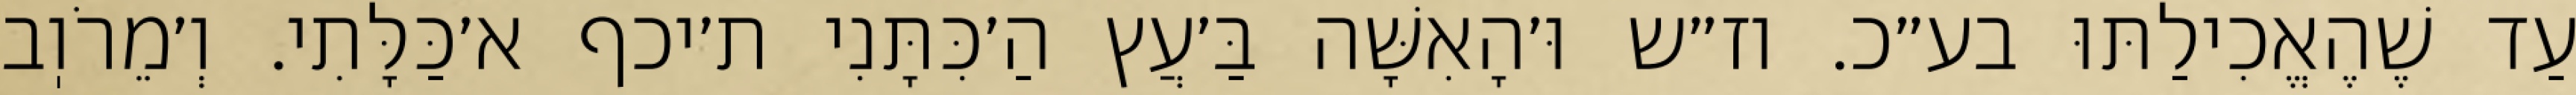
עַד שֶׁהֶאֱכִילַתּוּ בע״כ. וז״ש וּ׳הָאִשָּׁה בַּ׳עֲץ הַ׳כִּתָּנִי ת׳יכף א׳כַּלָּתִי. וְ׳מֵרֹוֽב